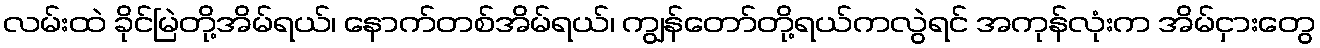
လမ်းထဲ ခိုင်မြဲတို့အိမ်ရယ်၊ နောက်တစ်အိမ်ရယ်၊ ကျွန်တော်တို့ရယ်ကလွဲရင် အကုန်လုံးက အိမ်ငှားတွေ